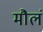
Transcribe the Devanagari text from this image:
मौलं